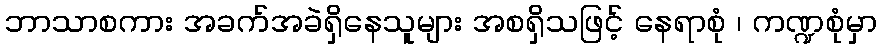
ဘာသာစကား အခက်အခဲရှိနေသူများ အစရှိသဖြင့် နေရာစုံ ၊ ကဏ္ဍစုံမှာ